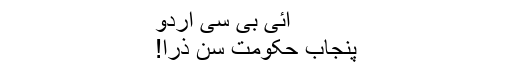
آئی بی سی اردو
پنجاب حکومت سُن ذرا!